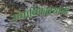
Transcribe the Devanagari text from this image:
उच्चाधिकाऱ्यांनी